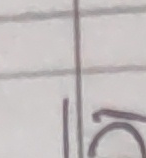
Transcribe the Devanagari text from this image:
१०